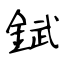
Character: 錻